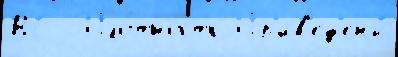
ВС  Пло́тность Пр'ив'ед'ены́